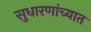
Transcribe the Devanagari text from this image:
सुधारणांच्यात